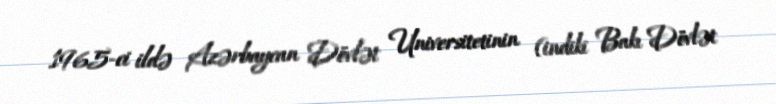
1965-ci ildə Azərbaycan Dövlət Universitetinin (indiki Bakı Dövlət